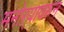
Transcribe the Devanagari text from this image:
मनोऱ्यावरुन